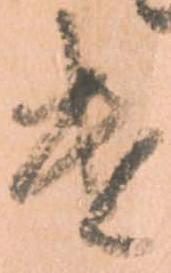
遣